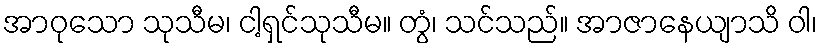
အာဝုသော သုသီမ၊ ငါ့ရှင်သုသီမ။ တွံ၊ သင်သည်။ အာဇာနေယျာသိ ဝါ၊